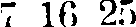
7 16 25